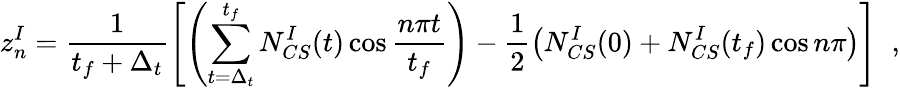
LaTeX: z_{n}^{I}=\frac{1}{t_{f}+\Delta_{t}}\left[\left(\sum_{t=\Delta_{t}}^{t_{f}}N_{CS}^{I}(t)\cos{\frac{n\pi t}{t_{f}}}\right)-\frac{1}{2}\left(N_{CS}^{I}(0)+N_{CS}^{I}(t_{f})\cos{n\pi}\right)\right]\; \; ,